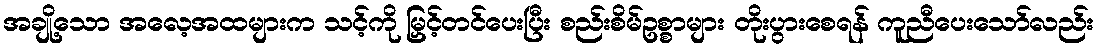
အချို့သော အလေ့အထများက သင့်ကို မြှင့်တင်ပေးပြီး စည်းစိမ်ဥစ္စာများ တိုးပွားစေရန် ကူညီပေးသော်လည်း